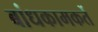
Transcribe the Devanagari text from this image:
बांधकामकर्ते